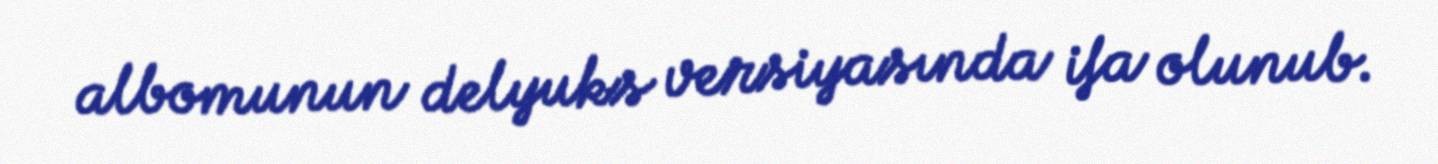
albomunun delyuks versiyasında ifa olunub.